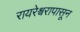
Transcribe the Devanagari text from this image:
रायरेश्वरापासून